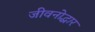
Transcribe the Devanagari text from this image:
जीवनोद्धार